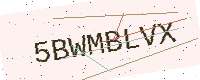
Text: 5BWMBLVX